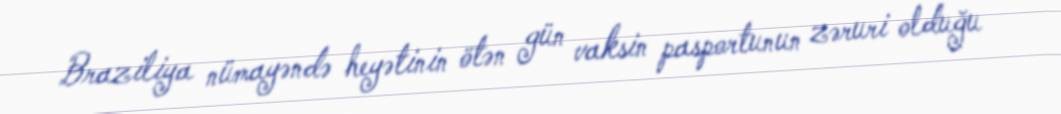
Braziliya nümayəndə heyətinin ötən gün vaksin pasportunun zəruri olduğu